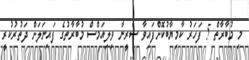
މި މުބާރާތް 5 ފަހަރު ކާމިޔާބުކޮށްފައިވާ ސެރީނާ ވިލިއަމްސް މުބާރާތުގެ ފައިނަލަށް ދަތުރުކުރީ